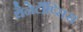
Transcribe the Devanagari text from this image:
थैनेटॉॅप्सिस